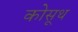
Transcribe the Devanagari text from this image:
कोसूथ